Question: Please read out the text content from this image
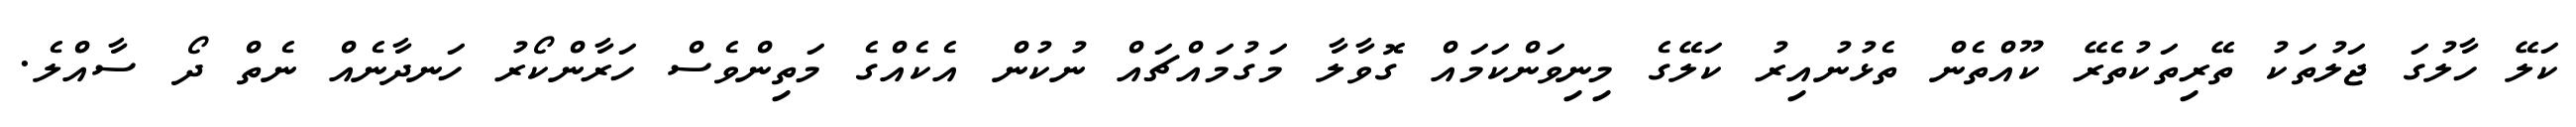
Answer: ކަލޭ ހާލުގަ ޖަލުތަކު ތޭރިތަކުތެރޭ ކޫއްތެން ތެޅުނުއިރު ކަލޭގެ މިނިވަންކަމައް ގޮވާލާ މަގުމައްޗައް ނުކުން އެކެއްގެ މަތިންވެސް ހަރާންކޯރު ހަނދާނެއް ނެތް ދޯ ސާއްލެ.